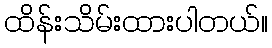
ထိန်းသိမ်းထားပါတယ်။